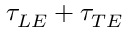
\tau _ { L E } + \tau _ { T E }